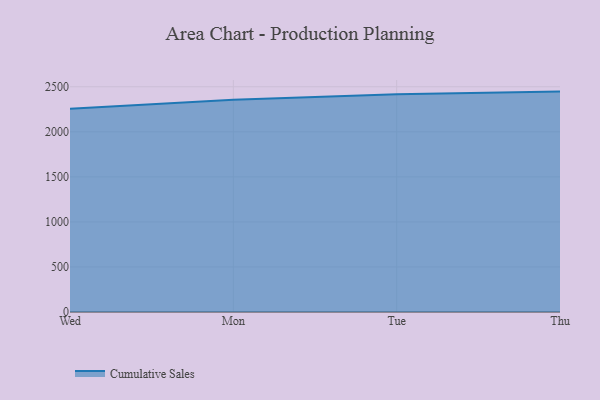
{"axis": {"x": "Day", "y": "Tickets Resolved"}, "legend": ["Cumulative Sales"], "data": [{"x": "Wed", "y": 2255.7, "type": "Cumulative Sales"}, {"x": "Mon", "y": 2354.6, "type": "Cumulative Sales"}, {"x": "Tue", "y": 2415.6, "type": "Cumulative Sales"}, {"x": "Thu", "y": 2446.4, "type": "Cumulative Sales"}]}